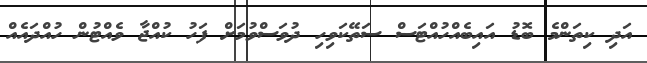
އަދި ކިތަންމެ ބޮޑު އައިބެއްހުއްޓަސް ސަތޭކަވިހި ދުވަސްވުމަށް ފަހު ކުއްޖާ ވެއްޓުން ހުއްދައެއް